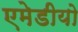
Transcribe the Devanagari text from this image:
एमेडीयो